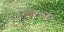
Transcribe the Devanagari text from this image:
रत्‍नाक्षरं